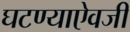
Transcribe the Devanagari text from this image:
घटण्याऐवजी